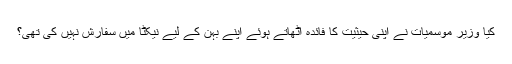
کیا وزیر موسمیات نے اپنی حیثیت کا فائدہ اٹھاتے ہوئے اپنے بہن کے لیے نیکٹا میں سفارش نہیں کی تھی؟